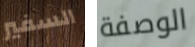
السفير الوصفة